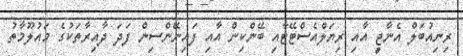
ރިނިއުބަލް އެނާޖީ އާއި ރިޔަލްއެސްޓޭޓާއި ބޭންކިން އާއި ފައިނޭންސިން ފަދަ ދާއިރާތަކުގެ މައުލޫމާތު